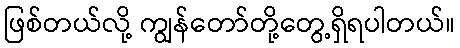
ဖြစ်တယ်လို့ ကျွန်တော်တို့တွေ့ရှိရပါတယ်။